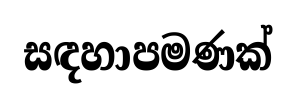
සඳහාපමණක්